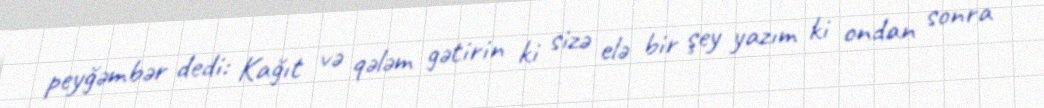
peyğəmbər dedi: Kağıt və qələm gətirin ki sizə elə bir şey yazım ki ondan sonra